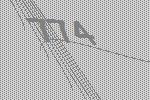
774